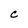
Character: C